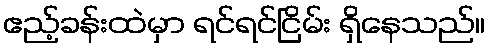
ဧည့်ခန်းထဲမှာ ရင်ရင်ငြိမ်း ရှိနေသည်။